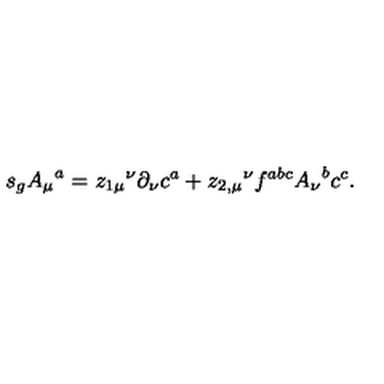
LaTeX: s _ { g } { A _ { \mu } } ^ { a } = { z _ { 1 \mu } } ^ { \nu } \partial _ { \nu } c ^ { a } + { z _ { 2 , \mu } } ^ { \nu } f ^ { a b c } { A _ { \nu } } ^ { b } c ^ { c } .